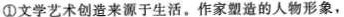
①文学艺术创造来源于生活。作家塑造的人物形象，